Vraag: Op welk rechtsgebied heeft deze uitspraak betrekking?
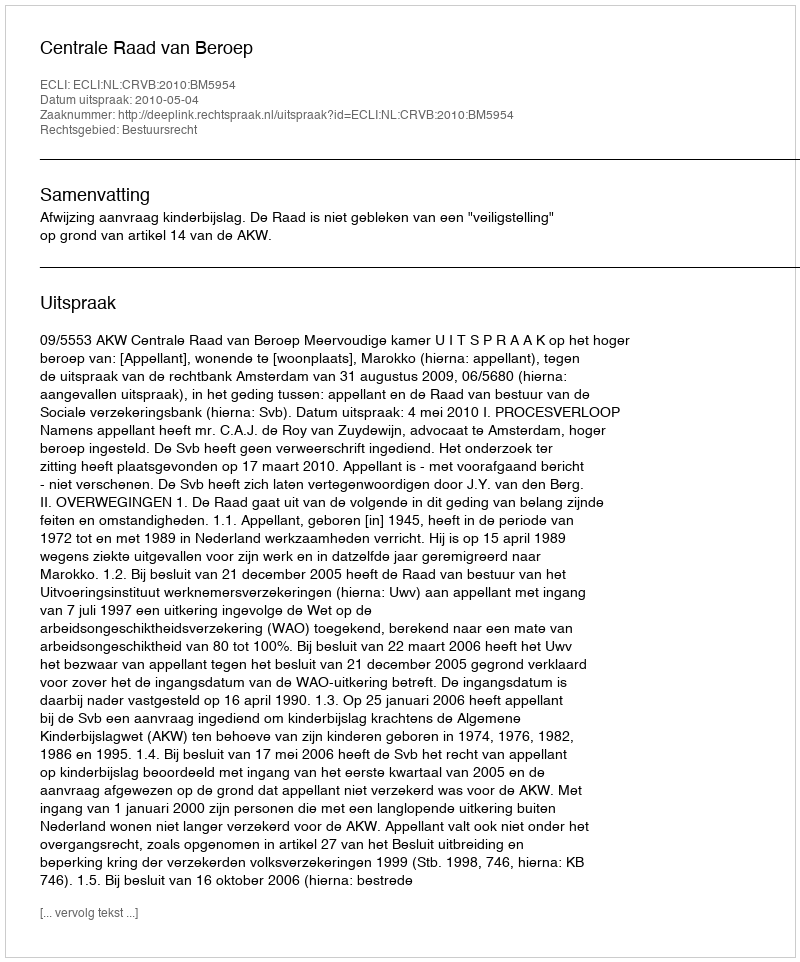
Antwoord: Bestuursrecht